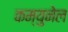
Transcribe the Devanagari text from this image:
कम्युनेल